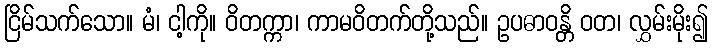
ငြိမ်သက်သော။ မံ၊ ငါ့ကို။ ဝိတက္ကာ၊ ကာမဝိတက်တို့သည်။ ဥပဓာဝန္တိ ဝတ၊ လွှမ်းမိုး၍